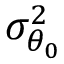
\sigma _ { \theta _ { 0 } } ^ { 2 }